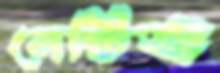
নেটিভ